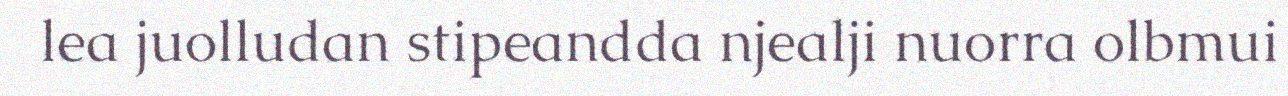
lea juolludan stipeandda njealji nuorra olbmui